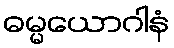
ဓမ္မယောဂါနံ